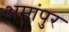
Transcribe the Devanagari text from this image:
अमांपुर